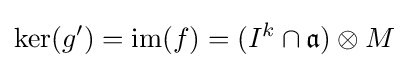
\operatorname {ker} (g')=\operatorname {im} (f)=(I^{k}\cap {\mathfrak {a}})\otimes M